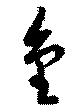
金